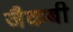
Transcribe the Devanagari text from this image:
जैकबी